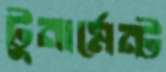
টুনার্মেন্ট